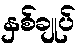
နှစ်ချုပ်